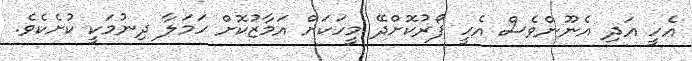
އެހީ އަދި އެނޫންވެސް އެހީ ފޯރުކޮށްދޭ މީހަކަށް އަމާޒުކޮށް ހަމަލާ ދިނުމަކީ ކުށެކެވެ.